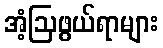
အံ့ဩဖွယ်ရာများ